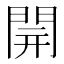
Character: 𨴂